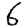
Digit: 6